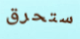
ستحرق